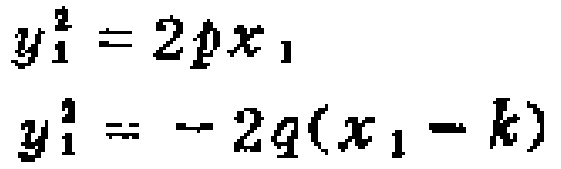
\[
y_{1}^{2}=2px_{1}
\]
\[
y_{1}^{2}=-2q(x_{1}-k)
\]